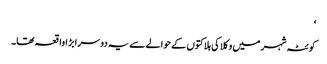
‘
کوئٹہ شہر میں وکلا کی ہلاکتوں کے حوالے سے یہ دوسرا بڑا واقعہ تھا۔